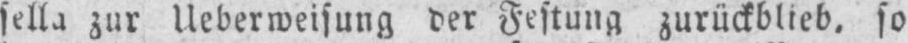
sella zur Ueberweisung der Festung zurückblieb, so